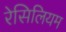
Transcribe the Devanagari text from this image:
रेसिलियम